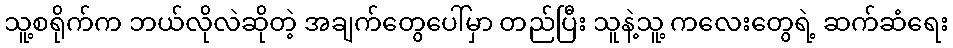
သူ့စရိုက်က ဘယ်လိုလဲဆိုတဲ့ အချက်တွေပေါ်မှာ တည်ပြီး သူနဲ့သူ့ ကလေးတွေရဲ့ ဆက်ဆံရေး